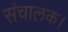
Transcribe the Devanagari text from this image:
संचालक।